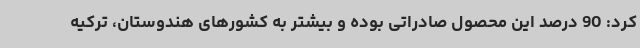
کرد: 90 درصد این محصول صادراتی بوده و بیشتر به کشورهای هندوستان، ترکیه